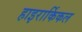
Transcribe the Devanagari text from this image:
हाइरार्किकल